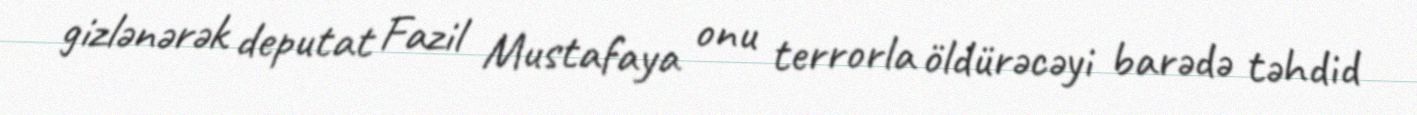
gizlənərək deputat Fazil Mustafaya onu terrorla öldürəcəyi barədə təhdid